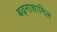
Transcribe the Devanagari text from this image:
बढ़नाशामिल